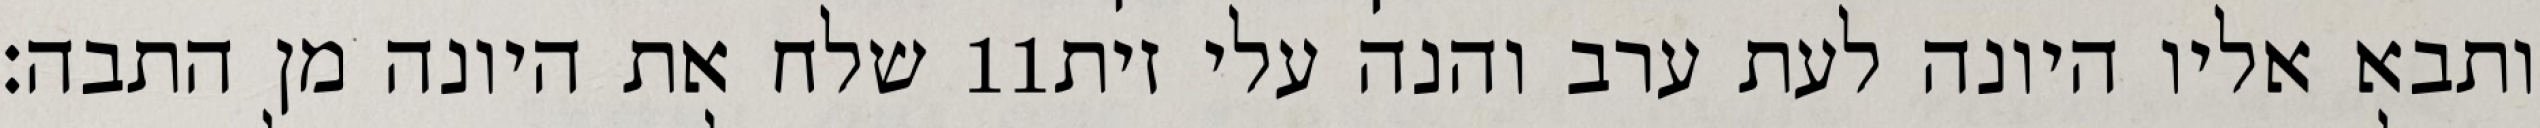
שלח את היונה מן התבה׃ ‎11‏ ותבא אליו היונה לעת ערב והנה עלי זית